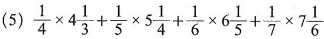
(5)$$\frac{1}{4} \times 4 \frac{1}{3}+ \frac{1}{5} \times 5 \frac{1}{4}+ \frac{1}{6} \times 6 \frac{1}{5}+ \frac{1}{7} \times 7 \frac{1}{6}$$